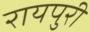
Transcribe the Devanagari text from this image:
रायपुरी